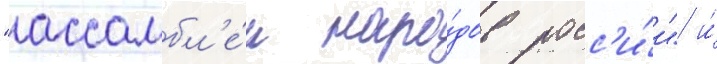
"ассамбл'е́и наро́дов росс'и́и" и́